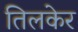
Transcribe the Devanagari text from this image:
तिलकेर